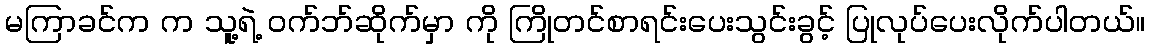
မကြာခင်က က သူ့ရဲ့ ဝက်ဘ်ဆိုက်မှာ ကို ကြိုတင်စာရင်းပေးသွင်းခွင့် ပြုလုပ်ပေးလိုက်ပါတယ်။